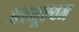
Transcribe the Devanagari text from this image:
अवमूल्‍यन